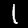
Digit: 1